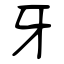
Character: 牙